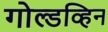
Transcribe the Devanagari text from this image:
गोल्डव्हिन